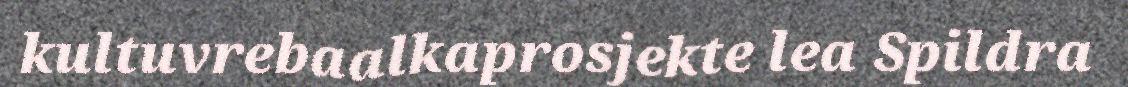
kultuvrebaalkaprosjekte lea Spildra